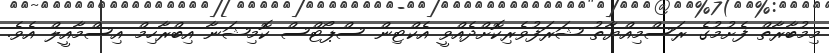
މިމުބާރާތް ފެށުމުގެ ރަސްމިއްޔާތު ޝަރަފުވެރިކޮށްދެއްވީ އެކްޓިން ސްޕޯޓްސް ކޮމިޝަނާ އިބްރާހިމް އިސްމާއީލް އެވެ.